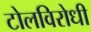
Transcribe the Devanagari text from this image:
टोलविरोधी